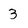
Character: 3